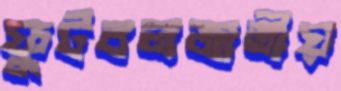
ফুটবলজাতীয়